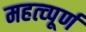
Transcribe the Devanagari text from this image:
महत्‍व्‍पूर्ण